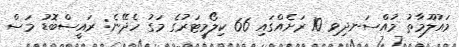
މައުލޫމާތު މުއްސަނދިވި 10 ރަށެއްގައި 66 ކިލޯމީޓަރުގެ މަގު ހެދޭނެ: ރައީސްބޮޑު މަސް